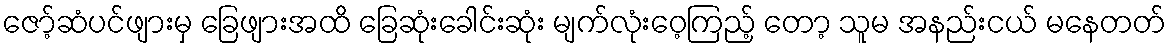
ဇော့်ဆံပင်ဖျားမှ ခြေဖျားအထိ ခြေဆုံးခေါင်းဆုံး မျက်လုံးဝေ့ကြည့် တော့ သူမ အနည်းငယ် မနေတတ်